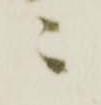
ニ